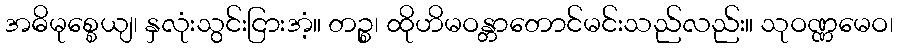
အဓိမုစ္စေယျ၊ နှလုံးသွင်းငြားအံ့။ တဉ္စ၊ ထိုဟိမဝန္တာတောင်မင်းသည်လည်း။ သုဝဏ္ဏမေဝ၊